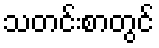
သတင်းစာတွင်